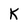
Character: K